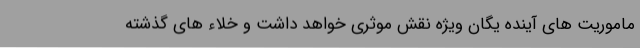
ماموریت های آینده یگان ویژه نقش موثری خواهد داشت و خلاء های گذشته